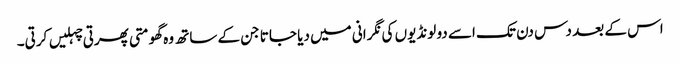
اس کے بعد دس دن تک اسے دو لونڈیوں کی نگرانی میں دیا جاتا جن کے ساتھ وہ گھومتی پھرتی چہلیں کرتی۔